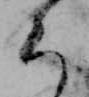
ち